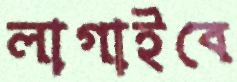
লাগাইবে